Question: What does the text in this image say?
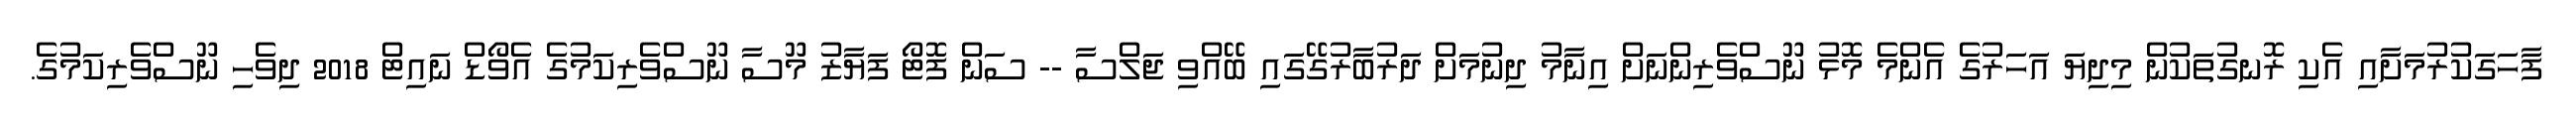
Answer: ފާހަގަކުރުމަށާއި އެކި ރޮނގުތަކުން މިދިޔަ އަހަރުގެ އެންމެ މޮޅު ނޫސްވެރިންނަށް އިނާމު ދިނުމަށް ދަރުބާރުގޭގައި ބޭއްވި ޖަލްސާ -- ސަން ފޮޓޯ ފަޔާޒު މޫސާ ނޫސްވެރިކަމުގެ އެވޯޑް ނައިޓް 2018 ދިވެހި ނޫސްވެރިކަމުގެ.